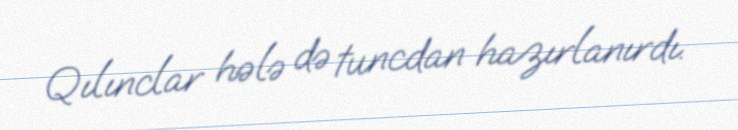
Qılınclar hələ də tuncdan hazırlanırdı.